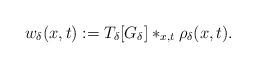
LaTeX: \begin{align*}w_\delta(x,t):=T_\delta[G_\delta]\ast_{x,t}\rho_\delta(x,t).\end{align*}